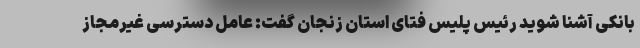
بانکی آشنا شوید رئیس پلیس فتای استان زنجان گفت: عامل دسترسی غیرمجاز